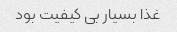
غذا بسیار بی کیفیت بود